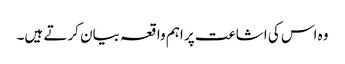
وہ اس کی اشاعت پر اہم واقعہ بیان کرتے ہیں۔